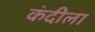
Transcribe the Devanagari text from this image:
कंदीला